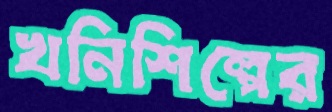
খনিশিল্পের